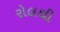
રોલથી